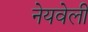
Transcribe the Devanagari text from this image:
नेयवेली